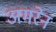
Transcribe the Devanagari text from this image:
अमरेन